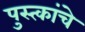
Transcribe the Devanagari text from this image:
पुस्त्कांचे